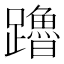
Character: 𬧙